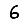
Digit: 6